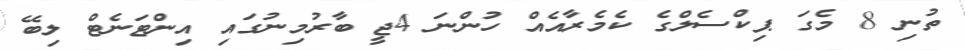
ތުނި 8 މެގަ ޕިކްސެލްގެ ކެމެރާއެއް ހުންނަ 4ޖީ ބާރުމިނުގައި އިންޓަނެޓް ލިބޭ